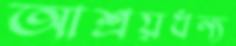
আশ্রয়ধন্য